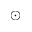
\odot